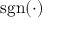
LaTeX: \operatorname { s g n } ( { \mathord { \cdot } } )